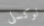
لوكسلي